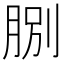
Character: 𦛺